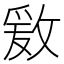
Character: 𱡟